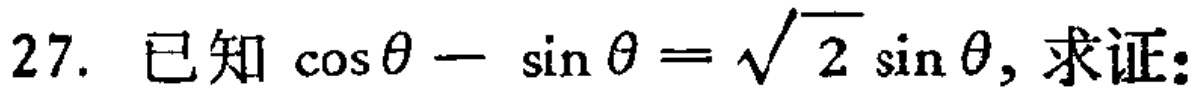
已知\(\cos\theta - \sin\theta = \sqrt{2}\sin\theta\), 求证: